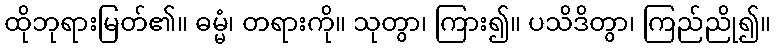
ထိုဘုရားမြတ်၏။ ဓမ္မံ၊ တရားကို။ သုတွာ၊ ကြား၍။ ပသိဒိတွာ၊ ကြည်ညို၍။